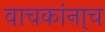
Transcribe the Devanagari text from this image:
वाचकांना्च